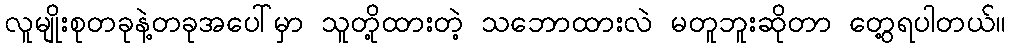
လူမျိုးစုတခုနဲ့တခုအပေါ်မှာ သူတို့ထားတဲ့ သဘောထားလဲ မတူဘူးဆိုတာ တွေ့ရပါတယ်။